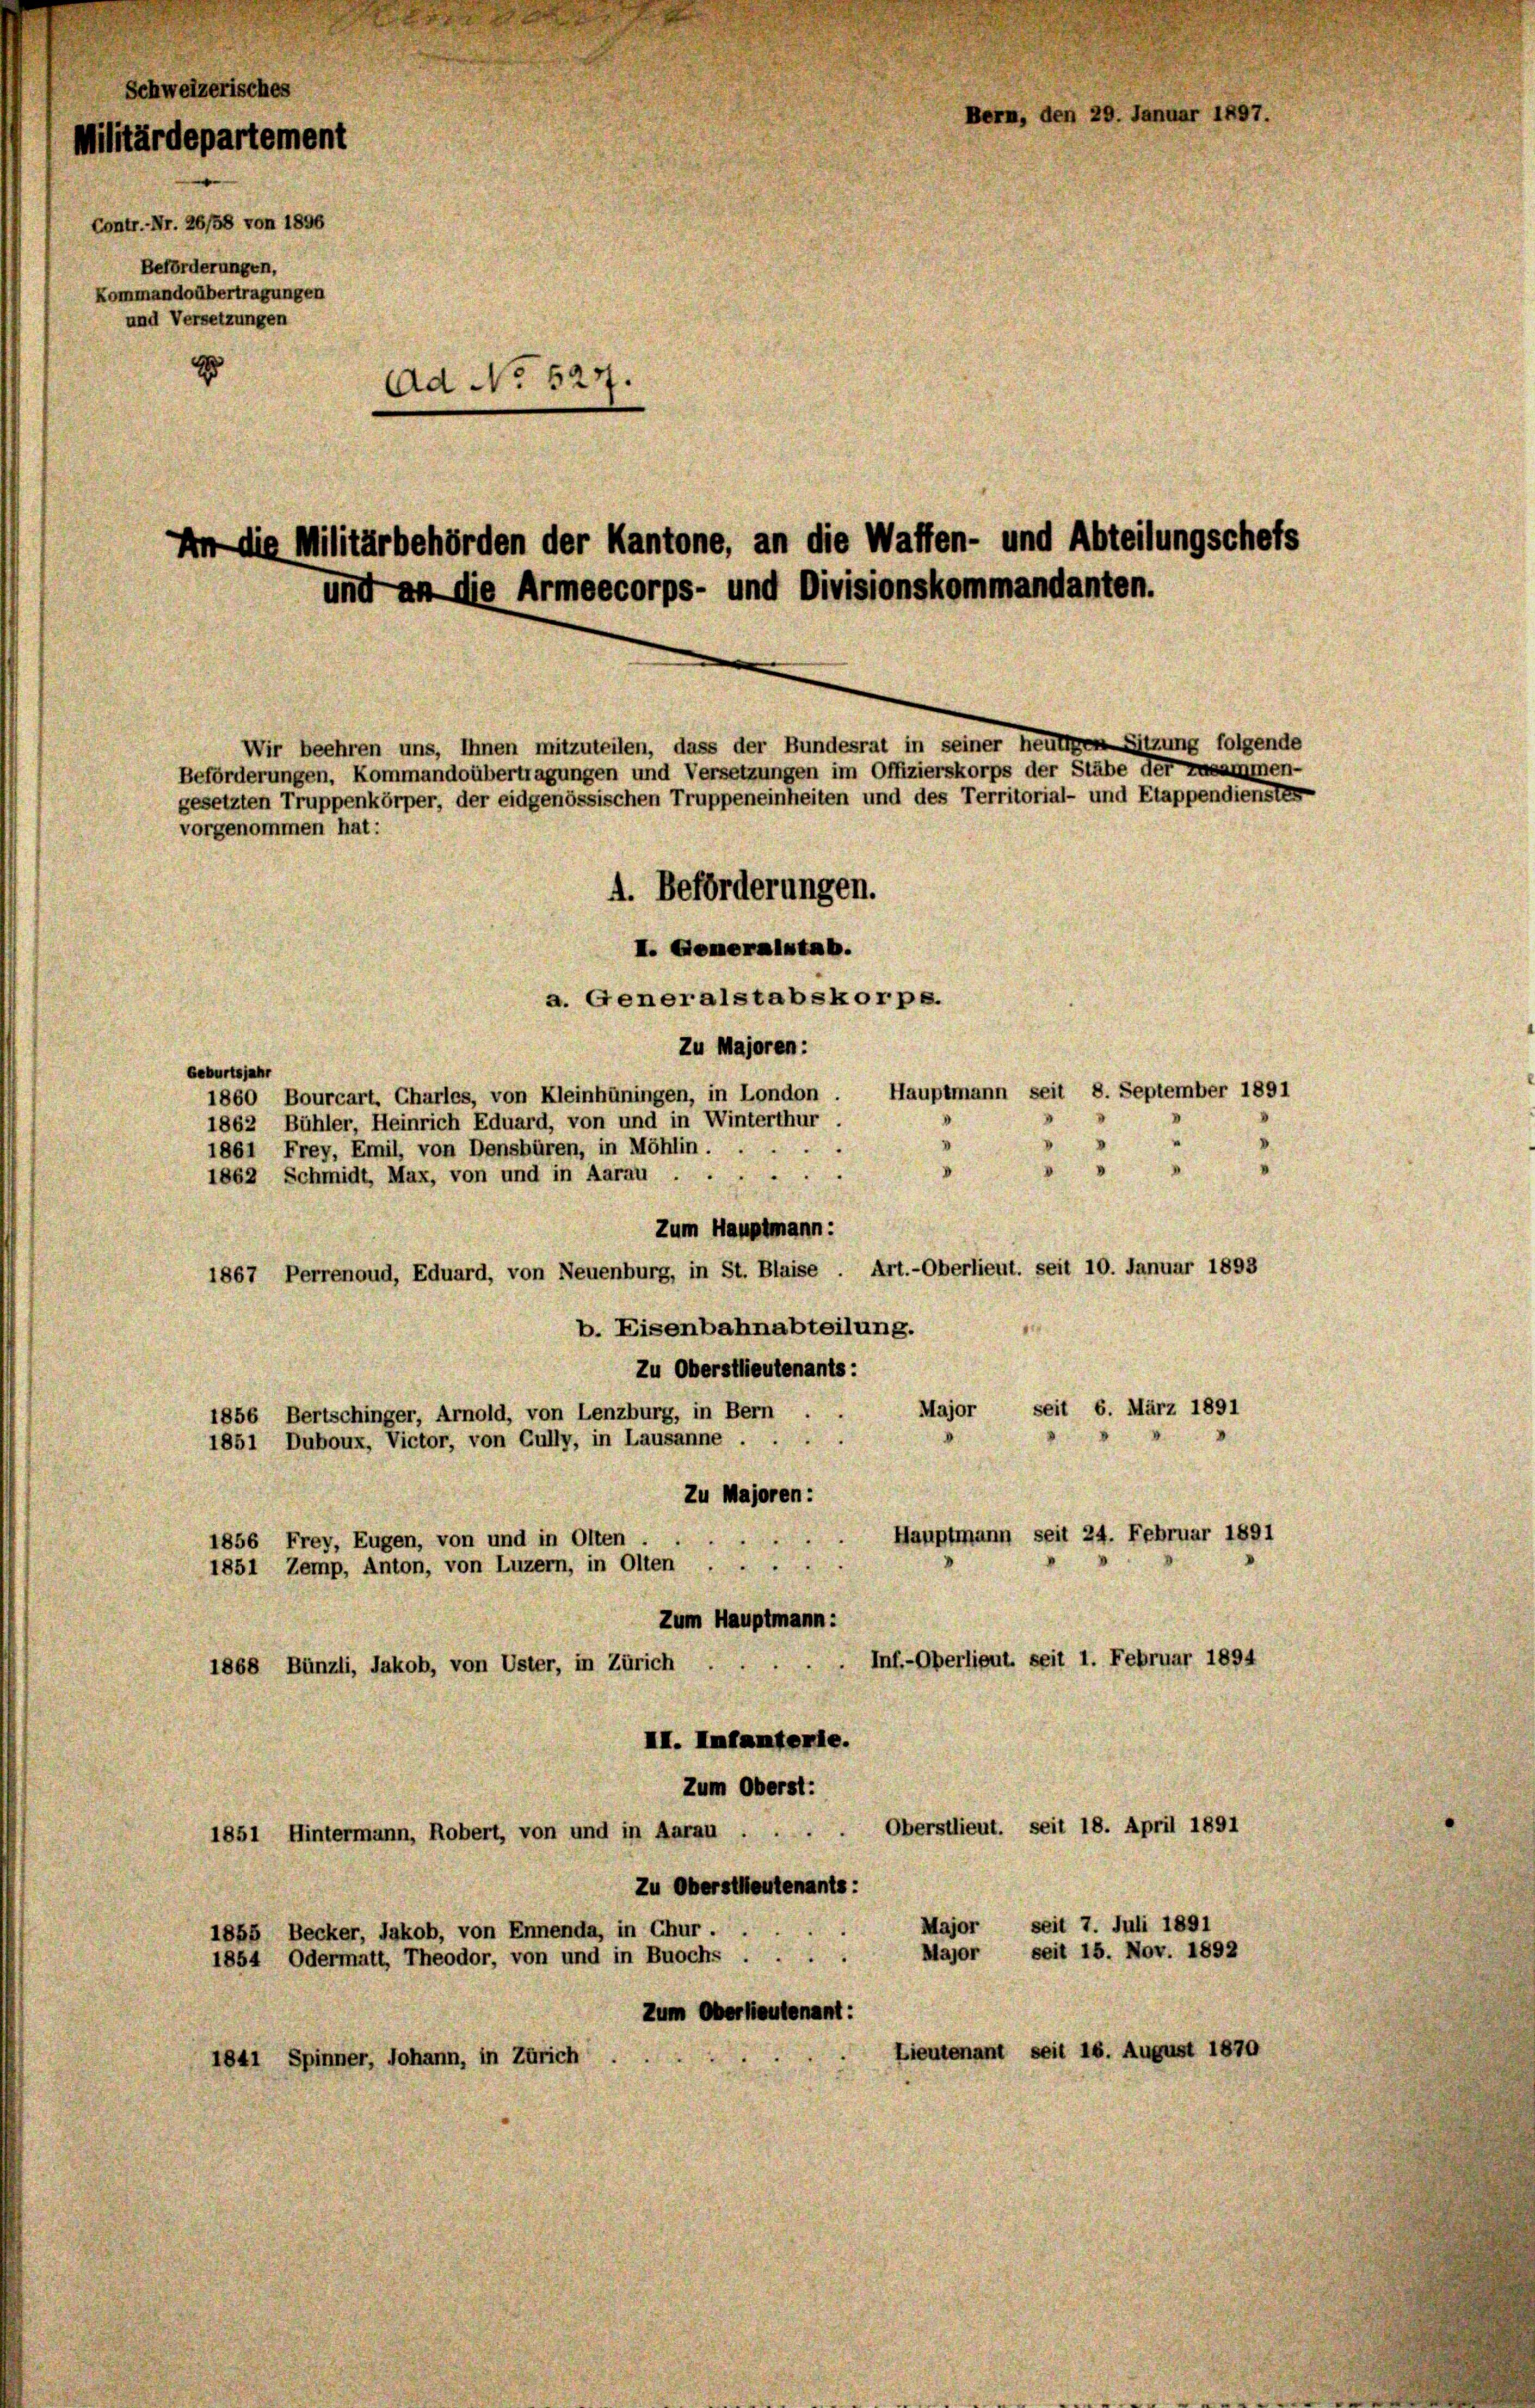
Schweizerisches
Bern, den 29. Januar 1897.
Militärdepartement
Contr. Nr. 26/38 von 1896
Beförderungen,
Kommando übertragungen
und Versetzungen
2
Ad No 527.
An die Militärbehörden der Kantone, an die Waffen- und Abteilungschefs
und an die Armeecorps- und Divisionskommandanten.
Wir beehren uns, Ihnen mitzuteilen, dass der Bundesrat in seiner heutigen Sitzung folgende
Beförderungen, Kommandoübertragungen und Versetzungen im Offizierskorps der Stäbe der zusammen-
gesetzten Truppenkörper, der eidgenössischen Truppeneinheiten und des Territorial- und Etappendienstes
vorgenommen hat:
4. Beförderungen.
I. Generalstab.

a. Generalstabskorps.
Zu Majoren:
Geburtsjahr
Hauptmann seit 8. September 1891
1860 Bourcart, Charles, von Kleinhüningen, in London .
1862 Bühler, Heinrich Eduard, von und in Winterthur
i
1861 Frey, Emil, von Densbüren, in Möhlin.
d
33
1862 Schmidt, Max, von und in Aarau ..
Zum Hauptmann:
Art. - Oberlieut. seit 10. Januar 1893
1867 Perrenoud, Eduard, von Neuenburg, in St. Blaise
b. Eisenbahnabteilung.
Zu Oberstlieutenants:
Major seit 6. März 1891
1856 Bertschinger, Arnold, von Lenzburg, in Bern .
1851 Duboux, Victor, von Gully, in Lausanne
Zu Majoren:
Hauptmann seit 24. Februar 1891
1856 Frey, Eugen, von und in Olten .
1851 Zemp, Anton, von Luzern, in Olten.
Zum Hauptmann:
Inf.-Oberlieut. seit 1. Februar 1894
1868 Bünzli, Jakob, von Uster, in Zürich
II. Infanterie.
Zum Oberst:
Oberstlieut. seit 18. April 1891
1851 Hintermann, Robert, von und in Aarau ....
Zu Oberstlieutenants:
Major, seit 7. Juli 1891
1855 Becker, Jakob, von Ennenda, in Chur .
Major seit 15. Nov. 1892
1854 Odermatt, Theodor, von und in Buochs.
Zum Oberlieutenant:
Lieutenant seit 16. August 1870
1841 Spinner, Johann, in Zürich